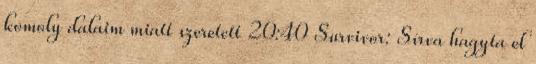
komoly dalaim miatt szeretett 20:40 Survivor: Sírva hagyta el